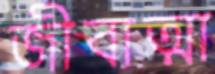
জীবাত্মা